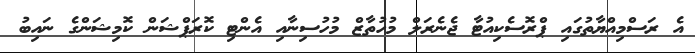
އެ ރަސްމިއްޔާތުގައި ޕްރޮސެކިއުޓާ ޖެނެރަލް މުހުތާޒް މުހުސިނާއި އެންޓި ކޮރަޕްޝަން ކޮމިޝަންގެ ނައިބު